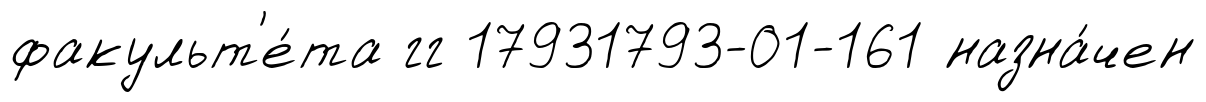
факульт'е́та гг 17931793-01-161 назна́чен